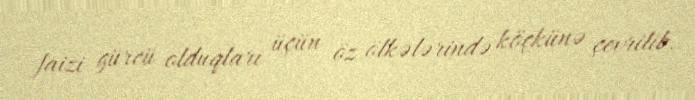
faizi gürcü olduqları üçün öz ölkələrində köçkünə çevrilib.